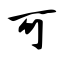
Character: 可